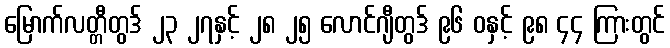
မြောက်လတ္တီတွဒ် ၂၃ ၂၇နှင့် ၂၈ ၂၅ လောင်ဂျီတွဒ် ၉၆ ဝနှင့် ၉၈ ၄၄ ကြားတွင်